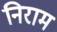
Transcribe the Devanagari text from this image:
निराम